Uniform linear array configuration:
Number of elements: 4
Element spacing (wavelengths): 1
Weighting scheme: binomial
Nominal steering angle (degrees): -45
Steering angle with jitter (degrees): -44.288
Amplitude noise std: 0.05
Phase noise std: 0.05

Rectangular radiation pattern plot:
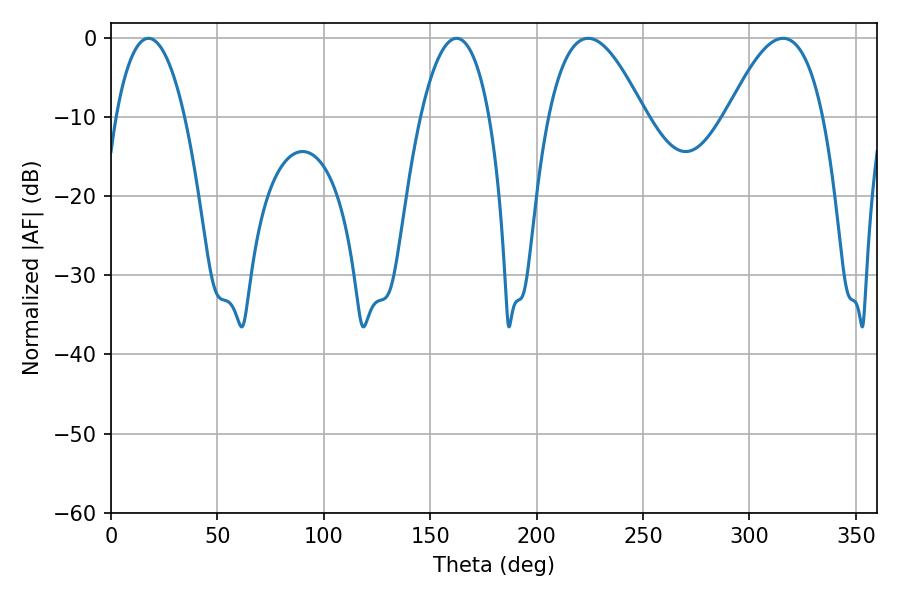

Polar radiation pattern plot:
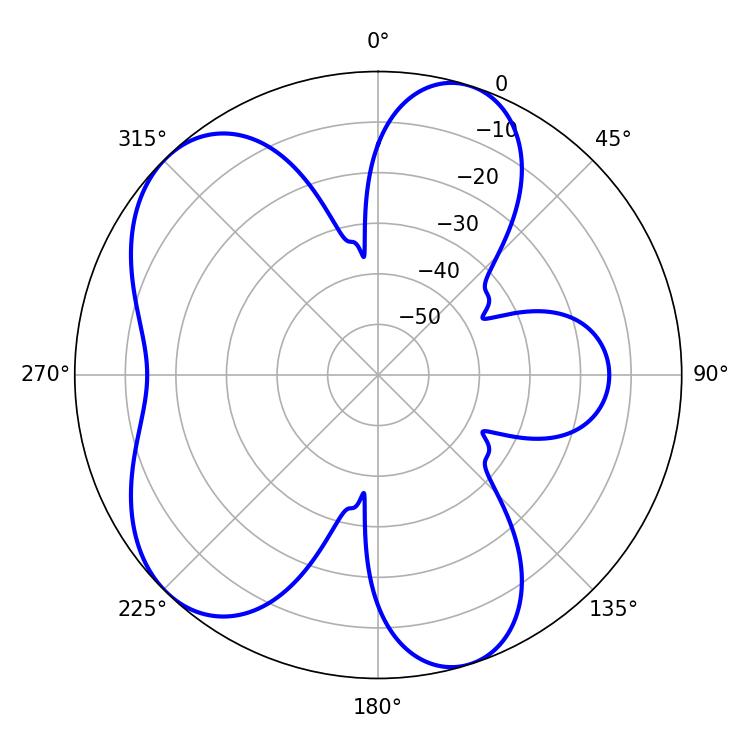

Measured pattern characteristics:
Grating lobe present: TRUE
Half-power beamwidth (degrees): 18
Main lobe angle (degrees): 17.64